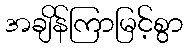
အချိန်ကြာမြင့်စွာ